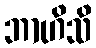
ဘာဟိသိ